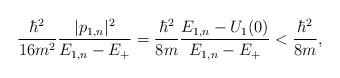
LaTeX: \begin{align*}{\hbar^2\over16m^2}{|p_{1,n}|^2\over E_{1,n}-E_+}= {\hbar^2\over8m}{E_{1,n}-U_1(0)\over E_{1,n}-E_+}< {\hbar^2\over8m},\end{align*}